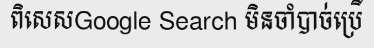
ពិសេសGoogle Search មិនចាំបាច់ប្រើ